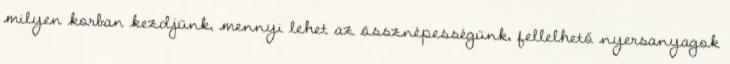
milyen korban kezdjünk, mennyi lehet az össznépességünk, fellelhető nyersanyagok